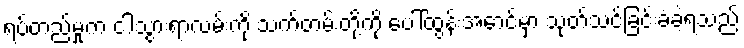
ရပ်တည်မှုက ငါသွားရာလမ်းကို သက်တမ်းတို့ကို ပေါ်ထွန်းအောင်မှာ သုတ်သင်ခြင်းခံခဲ့ရသည်